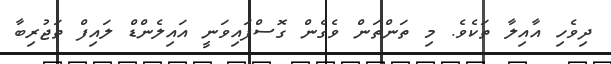
ދިވެހި އާއިލާ ތަކެވެ. މި ތަންތަން ވެގެން ގޮސްފައިވަނީ އައިލެންޑް ލައިފް ތަޖުރިބާ